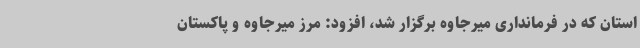
استان که در فرمانداری میرجاوه برگزار شد، افزود: مرز میرجاوه و پاکستان